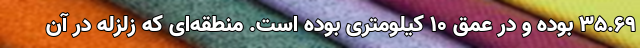
۳۵.۶۹ بوده و در عمق ۱۰ کیلومتری بوده است. منطقه‌ای که زلزله در آن